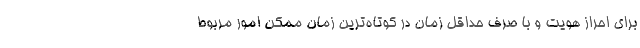
برای احراز هویت و با صرف حداقل زمان در کوتاه‌ترین زمان ممکن امور مربوط